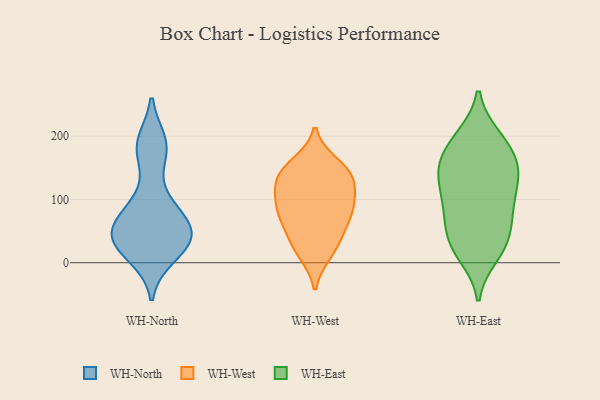
{"axis": {"x": "Temperature (°C)", "y": "Value"}, "legend": ["WH-East", "WH-North", "WH-West"], "data": [{"x": "", "y": 170, "type": "WH-North"}, {"x": "", "y": 64, "type": "WH-North"}, {"x": "", "y": 36, "type": "WH-North"}, {"x": "", "y": 44, "type": "WH-North"}, {"x": "", "y": 10, "type": "WH-North"}, {"x": "", "y": 48, "type": "WH-North"}, {"x": "", "y": 40, "type": "WH-North"}, {"x": "", "y": 191, "type": "WH-North"}, {"x": "", "y": 93, "type": "WH-North"}, {"x": "", "y": 187, "type": "WH-North"}, {"x": "", "y": 90, "type": "WH-North"}, {"x": "", "y": 48, "type": "WH-North"}, {"x": "", "y": 17, "type": "WH-North"}, {"x": "", "y": 98, "type": "WH-West"}, {"x": "", "y": 79, "type": "WH-West"}, {"x": "", "y": 125, "type": "WH-West"}, {"x": "", "y": 156, "type": "WH-West"}, {"x": "", "y": 15, "type": "WH-West"}, {"x": "", "y": 53, "type": "WH-West"}, {"x": "", "y": 143, "type": "WH-West"}, {"x": "", "y": 137, "type": "WH-West"}, {"x": "", "y": 124, "type": "WH-West"}, {"x": "", "y": 148, "type": "WH-West"}, {"x": "", "y": 96, "type": "WH-West"}, {"x": "", "y": 74, "type": "WH-West"}, {"x": "", "y": 20, "type": "WH-West"}, {"x": "", "y": 83, "type": "WH-West"}, {"x": "", "y": 40, "type": "WH-West"}, {"x": "", "y": 167, "type": "WH-East"}, {"x": "", "y": 63, "type": "WH-East"}, {"x": "", "y": 75, "type": "WH-East"}, {"x": "", "y": 88, "type": "WH-East"}, {"x": "", "y": 195, "type": "WH-East"}, {"x": "", "y": 48, "type": "WH-East"}, {"x": "", "y": 98, "type": "WH-East"}, {"x": "", "y": 23, "type": "WH-East"}, {"x": "", "y": 197, "type": "WH-East"}, {"x": "", "y": 136, "type": "WH-East"}, {"x": "", "y": 159, "type": "WH-East"}, {"x": "", "y": 12, "type": "WH-East"}, {"x": "", "y": 199, "type": "WH-East"}, {"x": "", "y": 21, "type": "WH-East"}, {"x": "", "y": 120, "type": "WH-East"}, {"x": "", "y": 145, "type": "WH-East"}, {"x": "", "y": 153, "type": "WH-East"}, {"x": "", "y": 37, "type": "WH-East"}, {"x": "", "y": 105, "type": "WH-East"}, {"x": "", "y": 147, "type": "WH-East"}]}